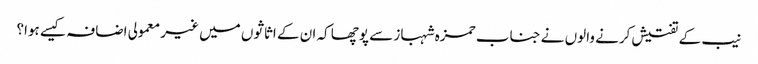
نیب کے تفتیش کرنے والوں نے جناب حمزہ شہباز سے پوچھا کہ ان کے اثاثوں میں غیر معمولی اضافہ کیسے ہوا؟